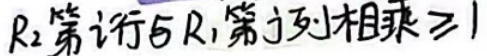
$R_2$第行右$R_1$第j列相乘$\geq 1$